Indian journal of veterinary science and animal husbandry - Volume 9,
Year: 1939
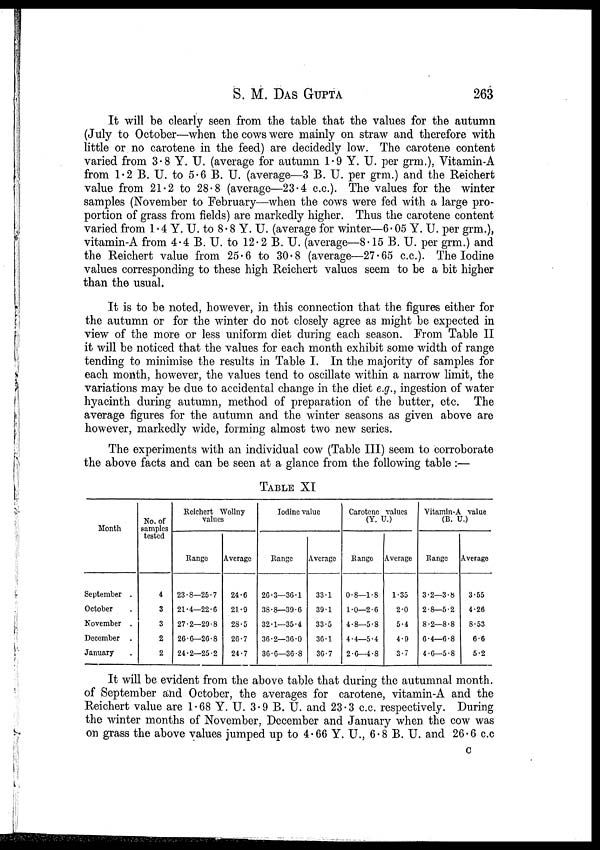
S. M. DAS GUPTA 263
It will be clearly seen from the table that the values for the autumn
(July to October—when the cows were mainly on straw and therefore with
little or no carotene in the feed) are decidedly low. The carotene content
varied from 3.8 Y. U. (average for autumn 1.9 Y. U. per grm.), Vitamin-A
from 1.2 B. U. to 5.6 B. U. (average—3 B. U. per grm.) and the Reichert
value from 21.2 to 28.8 (average—23.4 c.c). The values for the winter
samples (November to February—when the cows were fed with a large pro-
portion of grass from fields) are markedly higher. Thus the carotene content
varied from 1.4 Y. U. to 8.8 Y. U. (average for winter—6.05 Y. U. per grm.),
vitamin-A from 4.4 B. U. to 12.2 B. U. (average—8.15 B. U. per grm.) and
the Reichert value from 25.6 to 30.8 (average—27.65 c.c). The Iodine
values corresponding to these high Reichert values seem to be a bit higher
than the usual.
It is to be noted, however, in this connection that the figures either for
the autumn or for the winter do not closely agree as might be expected in
view of the more or less uniform diet during each season. From Table II
it will be noticed that the values for each month exhibit some width of range
tending to minimise the results in Table I. In the majority of samples for
each month, however, the values tend to oscillate within a narrow limit, the
variations may be due to accidental change in the diet e.g., ingestion of water
hyacinth during autumn, method of preparation of the butter, etc. The
average figures for the autumn and the winter seasons as given above are
however, markedly wide, forming almost two new series.
The experiments with an individual cow (Table III) seem to corroborate
the above facts and can be seen at a glance from the following table :—
TABLE XI
Month
September .
October .
November .
December .
January .
No. of
samples
tested
4
3
3
2
2
Reichert Wollny
values
Range
23.8—25.7
21.4—22.6
27.2—29.8
26.6—26.8
24.2—25.2
Average
24.6
21.9
28.5
26.7
24.7
Iodine value
Range
26.3—36.1
38.8—39.6
32.1—35.4
36.2—36.0
36.6—36.8
Average
33.1
39.1
33.5
36.1
36.7
Carotene values
(Y. U.)
Range
0.8—1.8
1.0—2.6
4.8—5.8
4.4—5.4
2.6—4.8
Average
1.35
2.0
5.4
4.9
3.7
Vitamin-A value
(B. U.)
Range
3.2—3.8
2.8—5.2
8.2—8.8
6.4—6.8
4.6—5.8
Average
3.55
4.26
8.53
6.6
5.2
It will be evident from the above table that during the autumnal month,
of September and October, the averages for carotene, vitamin-A and the
Reichert value are 1.68 Y. U. 3.9 B. U. and 23.3 c.c. respectively. During
the winter months of November, December and January when the cow was
on grass the above values jumped up to 4.66 Y. U., 6.8 B. U. and 26.6 c.c.
C